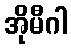
အိုမီဂါ